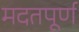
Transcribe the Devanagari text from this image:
मदतपूर्ण